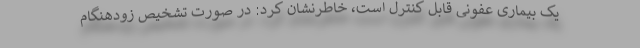
یک بیماری عفونی قابل کنترل است، خاطرنشان کرد: در صورت تشخیص زودهنگام